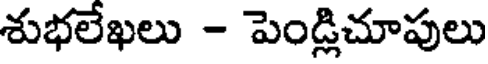
శుభలేఖలు - పెండ్లిచూపులు